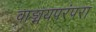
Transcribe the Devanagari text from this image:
वाङ्मयपरंपरा